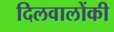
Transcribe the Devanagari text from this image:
दिलवालोंकी